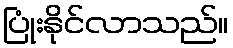
ပြုံးနိုင်လာသည်။